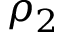
\rho _ { 2 }